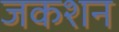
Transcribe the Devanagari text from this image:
जकशन